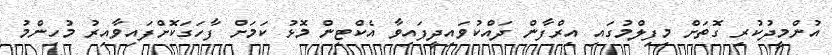
އުންމީދުކުރި ގޮތަށް މިފިލްމުގައި އިރްފާން ދައްކުވައިދީފައިވާ އެކްޓިން މޮޅު ކަމަށް ފާހަގަކޮށްފައިވާއިރު މުހިންމު